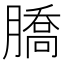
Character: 𦠚